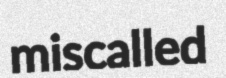
miscalled